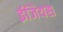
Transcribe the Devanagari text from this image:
ईजियस